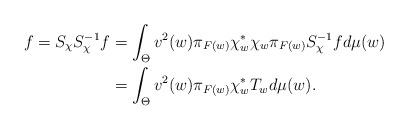
LaTeX: \begin{align*}f=S_{\chi}S_{\chi}^{-1}f&=\int_{\Theta}v^{2}(w)\pi_{F(w)}\chi_{w}^{\ast}\chi_{w}\pi_{F(w)}S_{\chi}^{-1}fd\mu(w)\\&=\int_{\Theta}v^{2}(w)\pi_{F(w)}\chi_{w}^{\ast}T_{w}d\mu(w).\end{align*}